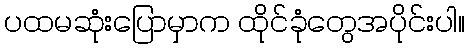
ပထမဆုံးပြောမှာက ထိုင်ခုံတွေအပိုင်းပါ။